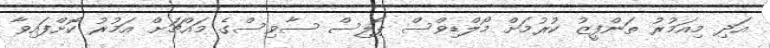
އަދި މިއަމުރު ތަންފީޒު ކުރުމަށް މޯލްޑިވްސް ޕޮލިސް ސާވިސްގެ މައްޗަށް އަމުރު ކޮށްފައިވާ